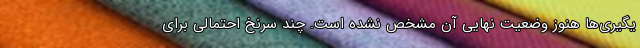
یگیری‌ها هنوز وضعیت نهایی آن مشخص نشده است. چند سرنخ احتمالی برای